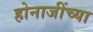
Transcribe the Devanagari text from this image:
होनाजींच्या